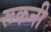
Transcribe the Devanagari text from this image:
रूकनी